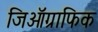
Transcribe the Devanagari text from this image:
जिऑग्राफिक